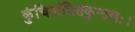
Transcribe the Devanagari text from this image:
कुंचितांचितकुन्तलः।